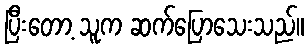
ပြီးတော့ သူက ဆက်ပြောသေးသည်။